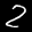
Label: 2